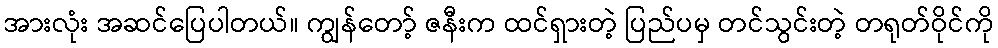
အားလုံး အဆင်ပြေပါတယ်။ ကျွန်တော့် ဇနီးက ထင်ရှားတဲ့ ပြည်ပမှ တင်သွင်းတဲ့ တရုတ်ဝိုင်ကို